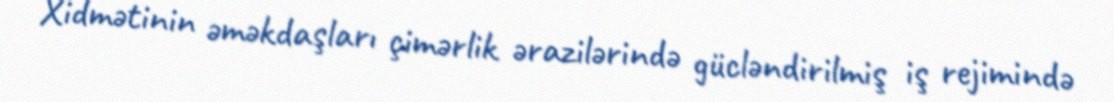
Xidmətinin əməkdaşları çimərlik ərazilərində gücləndirilmiş iş rejimində